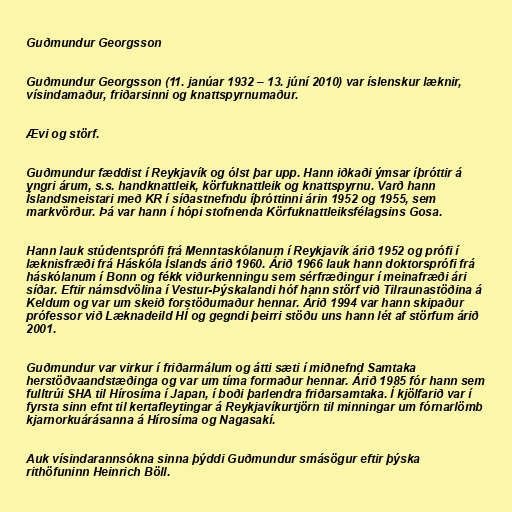
Guðmundur Georgsson

Guðmundur Georgsson (11. janúar 1932 – 13. júní 2010) var íslenskur læknir,
vísindamaður, friðarsinni og knattspyrnumaður.

Ævi og störf.

Guðmundur fæddist í Reykjavík og ólst þar upp. Hann iðkaði ýmsar íþróttir á
yngri árum, s.s. handknattleik, körfuknattleik og knattspyrnu. Varð hann
Íslandsmeistari með KR í síðastnefndu íþróttinni árin 1952 og 1955, sem
markvörður. Þá var hann í hópi stofnenda Körfuknattleiksfélagsins Gosa.

Hann lauk stúdentsprófi frá Menntaskólanum í Reykjavík árið 1952 og prófi í
læknisfræði frá Háskóla Íslands árið 1960. Árið 1966 lauk hann doktorsprófi frá
háskólanum í Bonn og fékk viðurkenningu sem sérfræðingur í meinafræði ári
síðar. Eftir námsdvölina í Vestur-Þýskalandi hóf hann störf við Tilraunastöðina á
Keldum og var um skeið forstöðumaður hennar. Árið 1994 var hann skipaður
prófessor við Læknadeild HÍ og gegndi þeirri stöðu uns hann lét af störfum árið
2001.

Guðmundur var virkur í friðarmálum og átti sæti í miðnefnd Samtaka
herstöðvaandstæðinga og var um tíma formaður hennar. Árið 1985 fór hann sem
fulltrúi SHA til Hírosíma í Japan, í boði þarlendra friðarsamtaka. Í kjölfarið var í
fyrsta sinn efnt til kertafleytingar á Reykjavíkurtjörn til minningar um fórnarlömb
kjarnorkuárásanna á Hírosíma og Nagasakí.

Auk vísindarannsókna sinna þýddi Guðmundur smásögur eftir þýska
rithöfuninn Heinrich Böll.